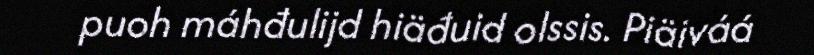
puoh máhđulijd hiäđuid olssis. Piäiváá